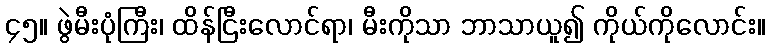
၄၅။ ဖွဲမီးပုံကြီး၊ ထိန်ငြီးလောင်ရာ၊ မီးကိုသာ ဘာသာယူ၍ ကိုယ်ကိုလောင်း။